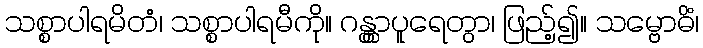
သစ္စာပါရမိတံ၊ သစ္စာပါရမီကို။ ဂန္တွာပူရေတွာ၊ ဖြည့်၍။ သမ္ဗောဓိံ၊